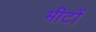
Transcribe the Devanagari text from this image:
भीटों